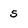
Character: 5